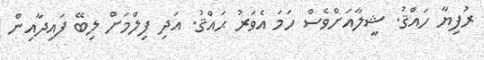
ރުފިޔާ ހައްޤު. ޝީލާއަށްވެސް ހަމަ އެވަރު ޙައްޤު. އަދި ފިލްމަށް ލިބޭ ފައިދާއިން